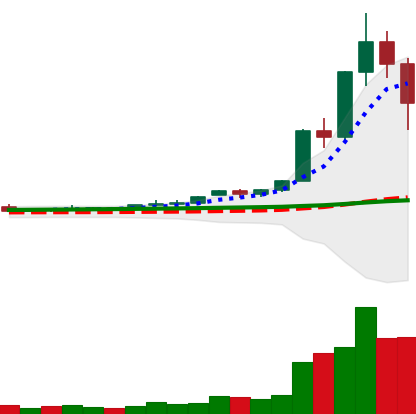
Ticker: XRP-USD
Chart end date: 2020-11-26
Forward return: 14.991%
Label: up_7plus